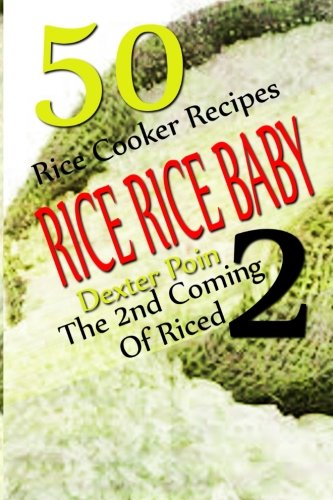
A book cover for Rice Rice Baby - The Second Coming Of Riced - 50 Rice Cooker Recipes (Rice Rice Baby, Rice Cooker Recipes); Dexter Poin; Cookbooks, Food & Wine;